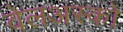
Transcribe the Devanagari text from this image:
वेलअस्को